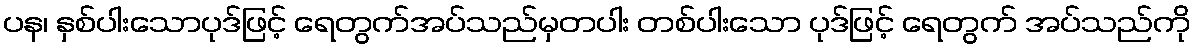
ပန၊ နှစ်ပါးသောပုဒ်ဖြင့် ရေတွက်အပ်သည်မှတပါး တစ်ပါးသော ပုဒ်ဖြင့် ရေတွက် အပ်သည်ကို